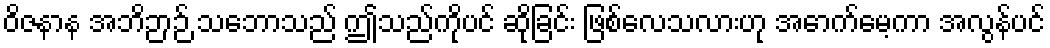
ဝိဇနာန အဘိဉာဉ် သဘောသည် ဤသည်ကိုပင် ဆိုခြင်း ဖြစ်လေသလားဟု အောက်မေ့ကာ အလွန်ပင်